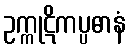
ဥက္ကုဋိကပ္ပဓာနံ